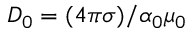
D _ { 0 } = ( 4 \pi \sigma ) / \alpha _ { 0 } \mu _ { 0 }